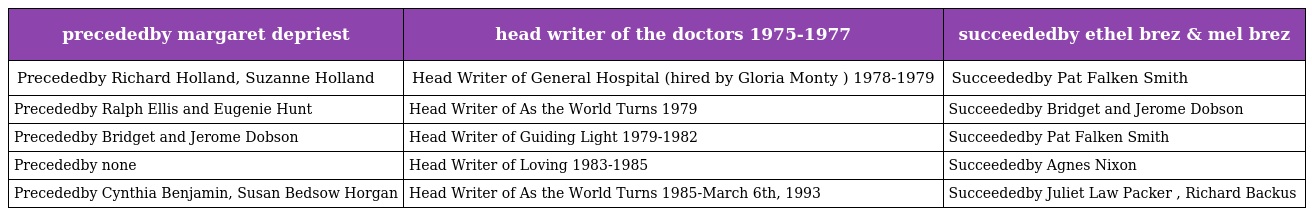
| precededby margaret depriest | head writer of the doctors 1975-1977 | succeededby ethel brez & mel brez |
 | --- | --- | --- |
 | Precededby Richard Holland, Suzanne Holland | Head Writer of General Hospital (hired by Gloria Monty ) 1978-1979 | Succeededby Pat Falken Smith |
 | Precededby Ralph Ellis and Eugenie Hunt | Head Writer of As the World Turns 1979 | Succeededby Bridget and Jerome Dobson |
 | Precededby Bridget and Jerome Dobson | Head Writer of Guiding Light 1979-1982 | Succeededby Pat Falken Smith |
 | Precededby none | Head Writer of Loving 1983-1985 | Succeededby Agnes Nixon |
 | Precededby Cynthia Benjamin, Susan Bedsow Horgan | Head Writer of As the World Turns 1985-March 6th, 1993 | Succeededby Juliet Law Packer , Richard Backus |